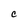
Character: C